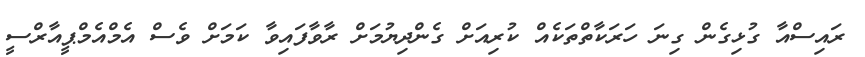
ރައިސްއާ ގުޅިގެން ގިނަ ހަރަކާތްތަކެއް ކުރިއަށް ގެންދިޔުމަށް ރާވާފައިވާ ކަމަށް ވެސް އެމްއެމްޕީއާރްސީ